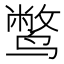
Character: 𫜁